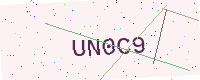
Text: UN0C9